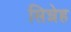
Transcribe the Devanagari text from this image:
सिन्नेह